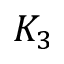
K _ { 3 }